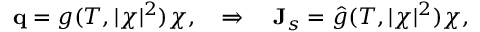
\begin{array} { r } { \mathbf q = g ( T , | \boldsymbol \chi | ^ { 2 } ) \boldsymbol \chi , \quad \Rightarrow \quad \mathbf J _ { s } = \hat { g } ( T , | \boldsymbol \chi | ^ { 2 } ) \boldsymbol \chi , } \end{array}